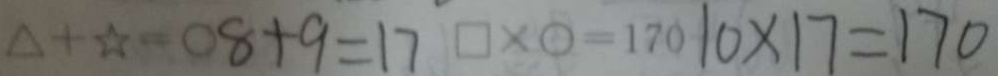
8 + 9 = 1 7 1 7 0 \times 1 7 = 1 7 0